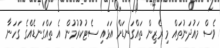
ވެސް މައުދަނުތައް މި ރެޒިން ތައްގަނޑަށް އަޅައި ސެޓުކުރުމުން އެ ތައްގަނޑެއްގެ ގަހަނާ